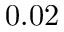
0 . 0 2